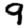
Digit: 9